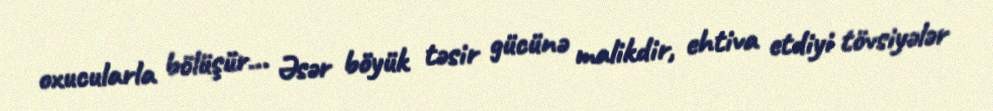
oxucularla bölüşür... Əsər böyük təsir gücünə malikdir, ehtiva etdiyi tövsiyələr